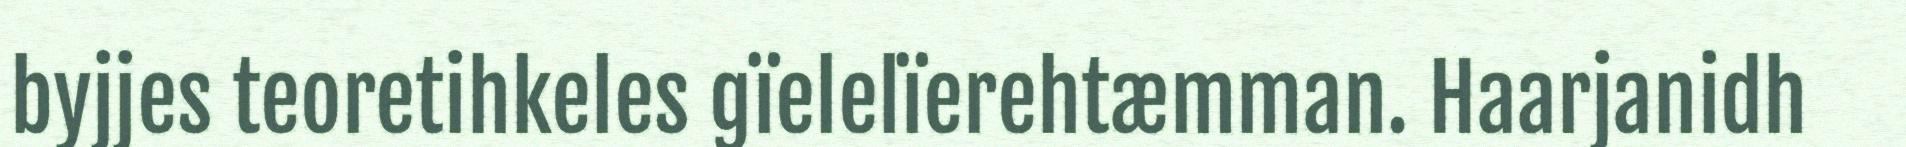
byjjes teoretihkeles gïelelïerehtæmman. Haarjanidh